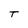
Character: T